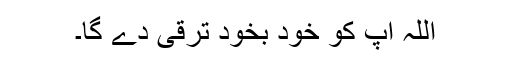
اللہ آپ کو خود بخود ترقی دے گا۔